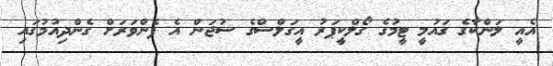
އެއީ ލަންކާގެ ގައުމީ ޓީމުގެ ގޯލްކީޕަރު އީގަލްސްގެ ސުޖަން އެ ފެންވަރަށް ގެންދިއުމުގައި